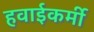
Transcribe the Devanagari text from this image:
हवाईकर्मी